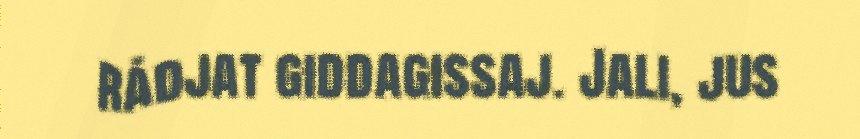
rádjat giddagissaj. Jali, jus